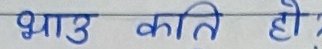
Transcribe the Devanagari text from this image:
भाउ कति हो ?